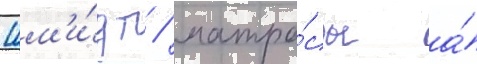
Шм'и́дт / матро́сы а́